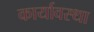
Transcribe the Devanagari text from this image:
कार्यावस्था